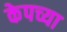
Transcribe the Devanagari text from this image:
केपच्या